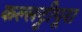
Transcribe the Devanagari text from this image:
कल्लट्टीपूरा